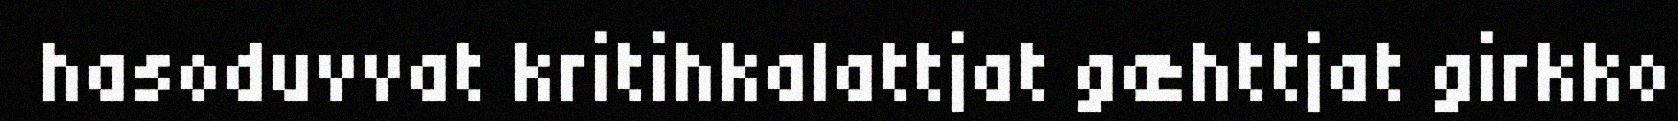
hasoduvvat kritihkalattjat gæhttjat girkko